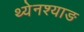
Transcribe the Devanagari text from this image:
थ्येनश्याङ